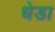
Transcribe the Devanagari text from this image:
धेडा